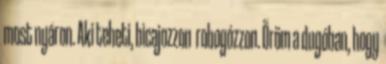
most nyáron. Aki teheti, bicajozzon robogózzon. Öröm a dugóban, hogy